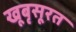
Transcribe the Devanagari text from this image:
खूबृसूरत